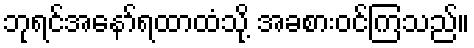
ဘုရင်အနော်ရထာထံသို့ အခစားဝင်ကြသည်။